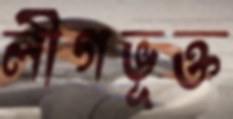
লীগভূক্ত